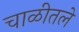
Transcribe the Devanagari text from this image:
चाळीतले